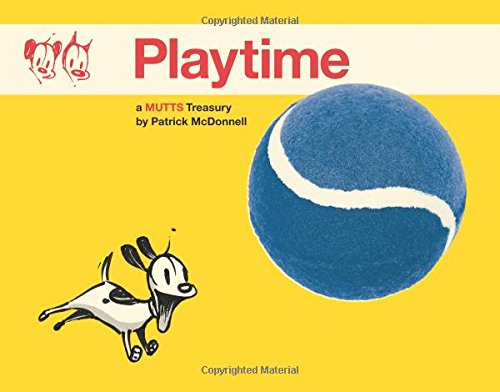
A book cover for Playtime: A Mutts Treasury; Patrick McDonnell; Comics & Graphic Novels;